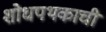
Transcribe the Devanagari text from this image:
शोधपथकाची